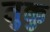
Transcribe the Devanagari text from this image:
तुक्कु